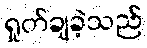
ရှုတ်ချခဲ့သည်